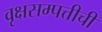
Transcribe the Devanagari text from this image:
वृक्षसम्पत्तीची